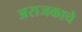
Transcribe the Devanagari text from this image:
अराजकाचे